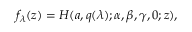
\begin{array} { r } { f _ { \lambda } ( z ) = H ( a , q ( \lambda ) ; \alpha , \beta , \gamma , 0 ; z ) , } \end{array}